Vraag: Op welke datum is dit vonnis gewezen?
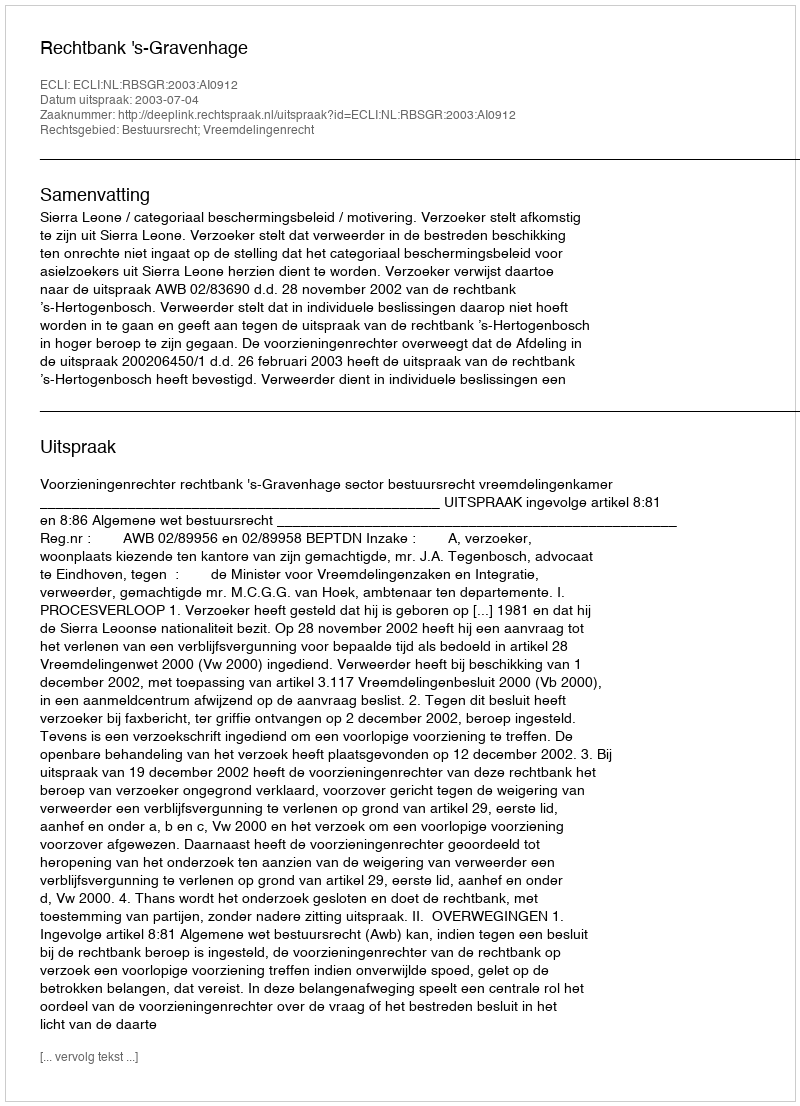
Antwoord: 2003-07-04